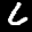
Label: 6